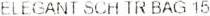
ELEGANT SCHTR BAG 15